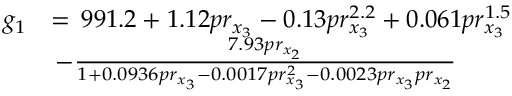
\begin{array} { r l } { g _ { 1 } } & { = \, 9 9 1 . 2 + 1 . 1 2 p r _ { x _ { 3 } } - 0 . 1 3 p r _ { x _ { 3 } } ^ { 2 . 2 } + 0 . 0 6 1 p r _ { x _ { 3 } } ^ { 1 . 5 } } \\ & { \, - \frac { 7 . 9 3 p r _ { x _ { 2 } } } { 1 + 0 . 0 9 3 6 p r _ { x _ { 3 } } - 0 . 0 0 1 7 p r _ { x _ { 3 } } ^ { 2 } - 0 . 0 0 2 3 p r _ { x _ { 3 } } p r _ { x _ { 2 } } } } \end{array}